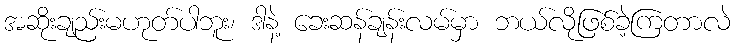
အဆိုးချည်းမဟုတ်ပါဘူး၊ ဒါနဲ့ ခေးဆန်ချန်းလမ်မှာ ဘယ်လိုဖြစ်ခဲ့ကြတာလဲ